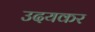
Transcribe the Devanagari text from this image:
उदयकर